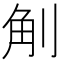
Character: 㓩